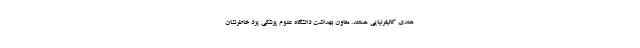
هندی کالیفرنیایی هستند. معاون بهداشت دانشگاه علوم پزشکی یزد خاطرنشان